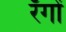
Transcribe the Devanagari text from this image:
रँगों